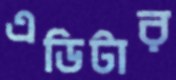
এডিটার